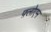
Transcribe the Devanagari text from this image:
फ़्लोएम